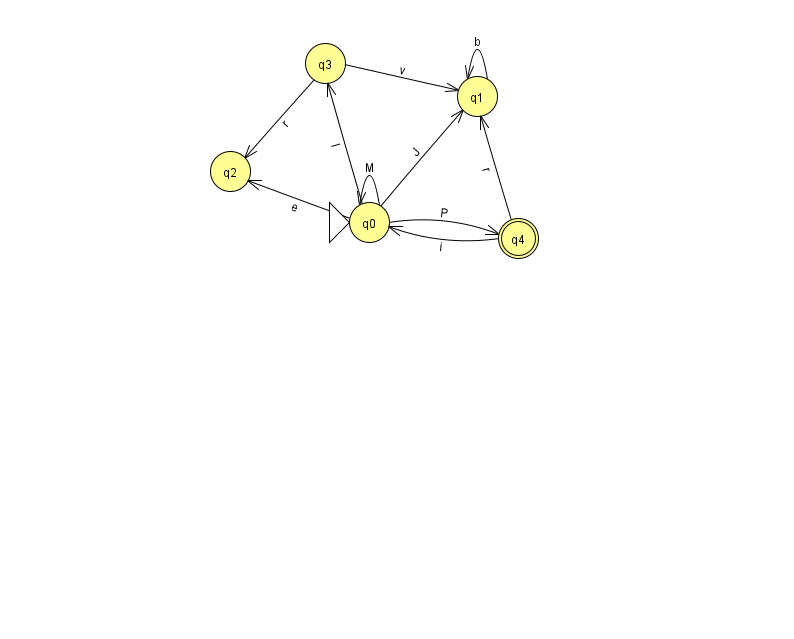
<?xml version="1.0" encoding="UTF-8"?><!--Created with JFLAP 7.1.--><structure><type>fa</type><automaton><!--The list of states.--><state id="0" name="q0"><x>369.0</x><y>209.0</y><initial/></state><state id="1" name="q1"><x>477.0</x><y>83.0</y></state><state id="2" name="q2"><x>230.0</x><y>158.0</y></state><state id="3" name="q3"><x>325.0</x><y>50.0</y></state><state id="4" name="q4"><x>518.0</x><y>225.0</y><final/></state><!--The list of transitions.--><transition><from>4</from><to>0</to><read>i</read></transition><transition><from>1</from><to>1</to><read>b</read></transition><transition><from>0</from><to>3</to><read>I</read></transition><transition><from>3</from><to>2</to><read>r</read></transition><transition><from>0</from><to>4</to><read>P</read></transition><transition><from>3</from><to>1</to><read>v</read></transition><transition><from>0</from><to>0</to><read>M</read></transition><transition><from>0</from><to>1</to><read>J</read></transition><transition><from>0</from><to>2</to><read>e</read></transition><transition><from>4</from><to>1</to><read>r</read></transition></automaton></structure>